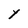
Character: Y